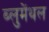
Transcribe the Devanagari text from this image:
ब्लुमेंथल